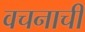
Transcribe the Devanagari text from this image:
वचनाची